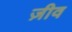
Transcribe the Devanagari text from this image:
ज़ीव